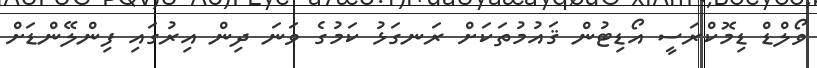
ވޯލްޑް ޑިމޮކްރަސީ އޯޑިޓުން ޤައުމުތަކަށް ރަނގަޅު ކަމުގެ ވަނަ ދިން އިރުގައި ފިންލޭންޑަށް